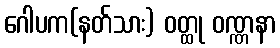
ဂေါပက(နတ်သား) ဝတ္ထု ဝဏ္ဏနာ